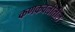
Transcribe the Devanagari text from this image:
कणकवलीतील